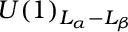
U ( 1 ) _ { L _ { \alpha } - L _ { \beta } }